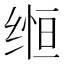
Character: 𬘵